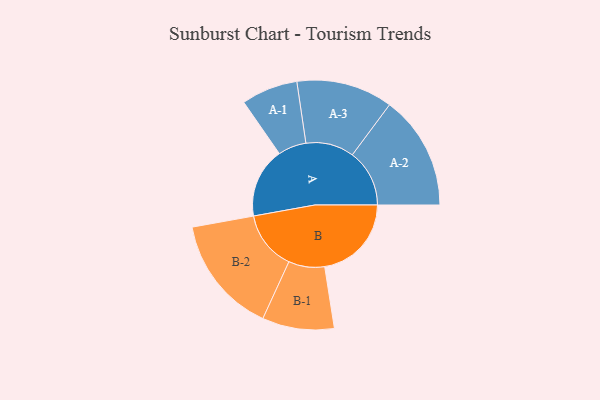
{"axis": {"x": "Segment", "y": "Value"}, "legend": ["", "A", "B"], "data": [{"x": "A", "y": 298, "type": ""}, {"x": "B", "y": 369, "type": ""}, {"x": "A-1", "y": 120, "type": "A"}, {"x": "A-2", "y": 243, "type": "A"}, {"x": "A-3", "y": 205, "type": "A"}, {"x": "B-1", "y": 153, "type": "B"}, {"x": "B-2", "y": 251, "type": "B"}]}